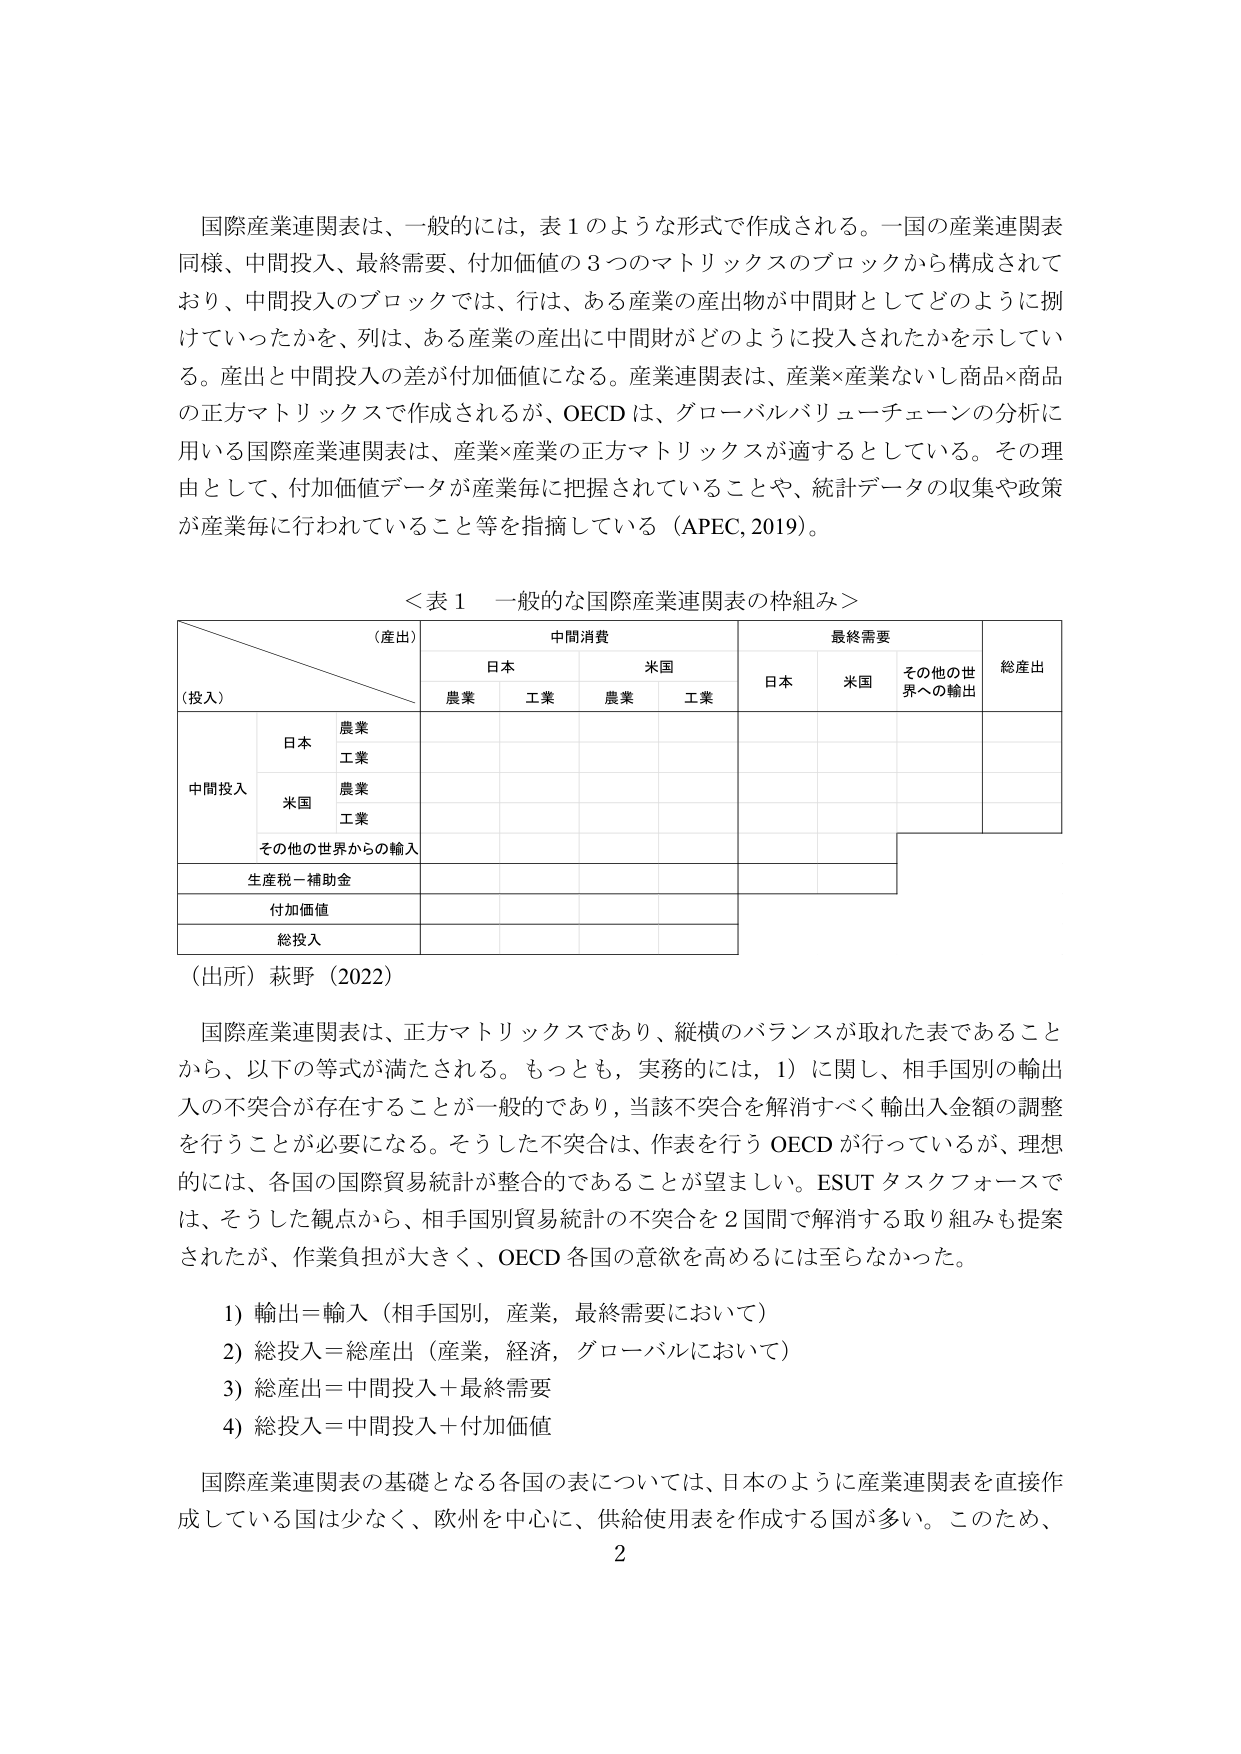
国際産業連関表は、一般的には、表１のような形式で作成される。一国の産業連関表同様、中間投入、最終需要、付加価値の３つのマトリックスのブロックから構成されており、中間投入のブロックでは、行は、ある産業の産出物が中間財としてどのように捌けていったかを、列は、ある産業の産出に中間財がどのように投入されたかを示している。産出と中間投入の差が付加価値になる。産業連関表は、産業×産業ないし商品×商品の正方マトリックスで作成されるが、OECDは、グローバルバリューチェーンの分析に用いる国際産業連関表は、産業×産業の正方マトリックスが適するとしている。その理由として、付加価値データが産業毎に把握されていることや、統計データの収集や政策が産業毎に行われていること等を指摘している（APEC, 2019）。

＜表１ 一般的な国際産業連関表の枠組み＞

（産出）
中間消費
最終需要
総産出

（投入）
日本
米国
日本
米国
その他の世界への輸出

農業
工業
農業
工業

中間投入
日本
農業
工業
米国
農業
工業
その他の世界からの輸入

生産税－補助金

付加価値

総投入

（出所）萩野（2022）

国際産業連関表は、正方マトリックスであり、縦横のバランスが取れた表であることから、以下の等式が満たされる。もっとも、実務的には、1）に関し、相手国別の輸出入の不突合が存在することが一般的であり、当該不突合を解消すべく輸出入金額の調整を行うことが必要になる。そうした不突合は、作表を行うOECDが行っているが、理想的には、各国の国際貿易統計が整合的であることが望ましい。ESUTタスクフォースでは、そうした観点から、相手国別貿易統計の不突合を２国間で解消する取り組みも提案されたが、作業負担が大きく、OECD各国の意欲を高めるには至らなかった。

1）輸出＝輸入（相手国別，産業，最終需要において）
2）総投入＝総産出（産業，経済，グローバルにおいて）
3）総産出＝中間投入＋最終需要
4）総投入＝中間投入＋付加価値

国際産業連関表の基礎となる各国の表については、日本のように産業連関表を直接作成している国は少なく、欧州を中心に、供給使用表を作成する国が多い。このため、
2